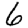
Digit: 6